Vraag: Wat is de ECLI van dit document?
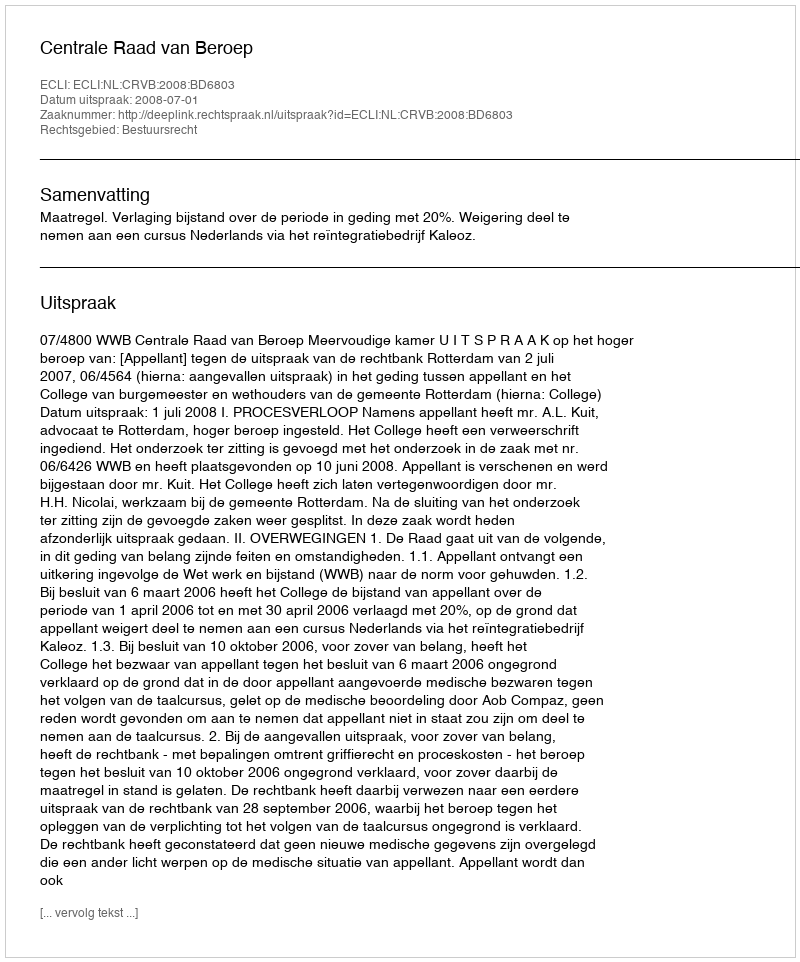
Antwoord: ECLI:NL:CRVB:2008:BD6803